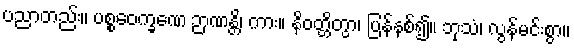
ပညာတည်း။ ပစ္စဝေက္ခဏေ ဉာဏန္တိ၊ ကား။ နိဝတ္တိတွာ၊ ပြန်နစ်၍။ ဘုသံ၊ လွန်မင်းစွာ။